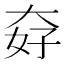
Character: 𡘏